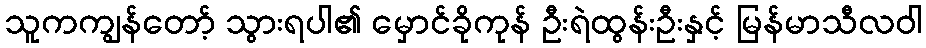
သူကကျွန်တော့် သွားရပါ၏ မှောင်ခိုကုန် ဦးရဲထွန်းဦးနှင့် မြန်မာသီလဝါ